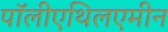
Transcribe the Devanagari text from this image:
पॉलीएथिलएमीन